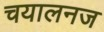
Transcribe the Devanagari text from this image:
चयालनज